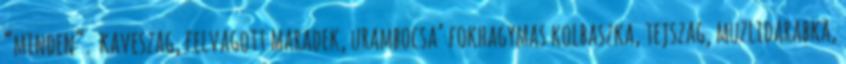
“minden”. kaveszag, felvagott maradek, urambocsa’ fokhagymas kolbaszka, tejszag, muzlidarabka,